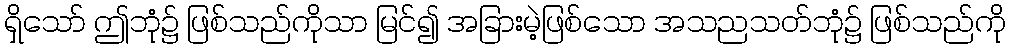
ရှိသော် ဤဘုံ၌ ဖြစ်သည်ကိုသာ မြင်၍ အခြားမဲ့ဖြစ်သော အသညသတ်ဘုံ၌ ဖြစ်သည်ကို